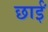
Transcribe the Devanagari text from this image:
छाईं